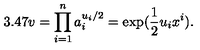
3 . 4 7 v = \prod _ { i = 1 } ^ { n } a _ { i } ^ { u _ { i } / 2 } = \exp ( \frac { 1 } { 2 } u _ { i } x ^ { i } ) .